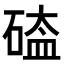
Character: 𥔐